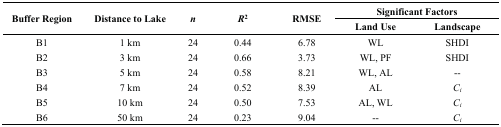
<table><thead><tr><td rowspan="2"><b>Buffer Region</b></td><td rowspan="2"><b>Distance to Lake</b></td><td rowspan="2"><b><i>n</i></b></td><td rowspan="2"><b><i>R</i><sup>2</sup></b></td><td rowspan="2"><b>RMSE</b></td><td colspan="2"><b>Significant Factors</b></td></tr><tr><td><b>Land Use</b></td><td><b>Landscape</b></td></tr></thead><tbody><tr><td>B1</td><td>1 km</td><td>24</td><td>0.44</td><td>6.78</td><td>WL </td><td>SHDI</td></tr><tr><td>B2</td><td>3 km</td><td>24</td><td>0.66</td><td>3.73</td><td>WL, PF</td><td>SHDI</td></tr><tr><td>B3</td><td>5 km</td><td>24</td><td>0.58</td><td>8.21</td><td>WL, AL</td><td>--</td></tr><tr><td>B4</td><td>7 km</td><td>24</td><td>0.52</td><td>8.39</td><td>AL </td><td><i>C<sub>i</sub></i></td></tr><tr><td>B5</td><td>10 km</td><td>24</td><td>0.50</td><td>7.53</td><td>AL, WL</td><td><i>C<sub>i</sub></i></td></tr><tr><td>B6</td><td>50 km</td><td>24</td><td>0.23</td><td>9.04</td><td>--</td><td><i>C<sub>i</sub></i></td></tr></tbody></table>